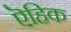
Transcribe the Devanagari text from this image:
ऎहिक